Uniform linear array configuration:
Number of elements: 4
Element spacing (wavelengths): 0.5
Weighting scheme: binomial
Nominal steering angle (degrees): -30
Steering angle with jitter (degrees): -30.924
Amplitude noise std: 0.05
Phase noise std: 0.05

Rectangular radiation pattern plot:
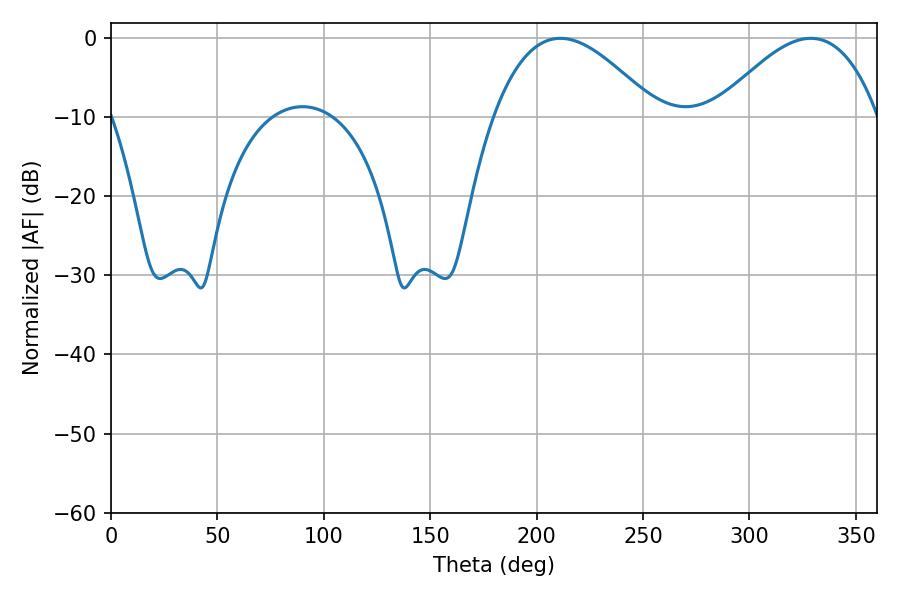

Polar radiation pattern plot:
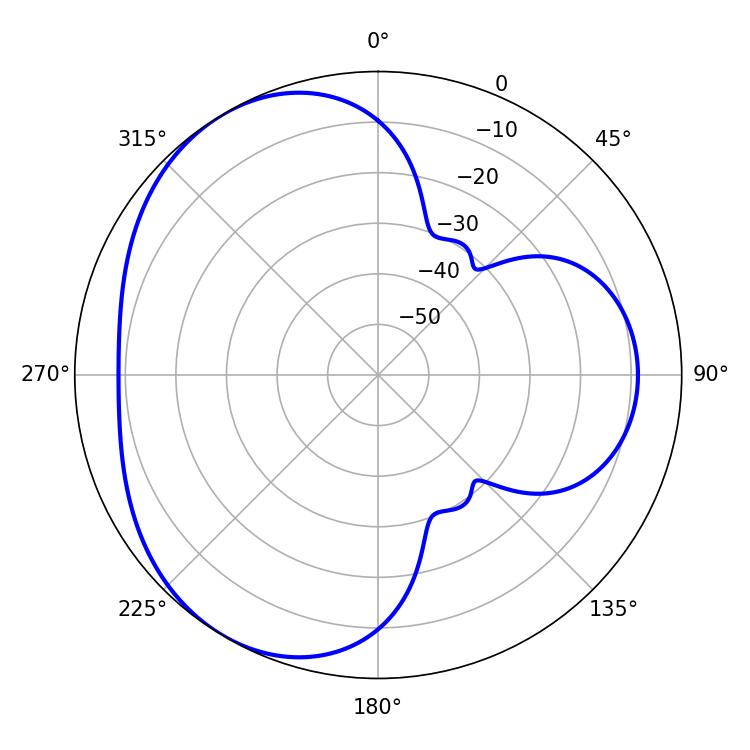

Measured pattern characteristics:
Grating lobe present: FALSE
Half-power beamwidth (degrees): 41.58
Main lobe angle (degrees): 211.14